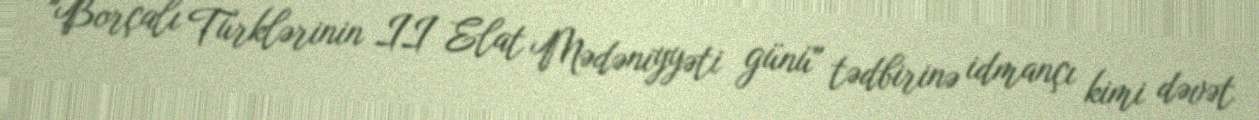
"Borçalı Türklərinin II Elat Mədəniyyəti günü" tədbirinə idmançı kimi dəvət